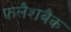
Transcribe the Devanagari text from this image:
फ़लैशबैक